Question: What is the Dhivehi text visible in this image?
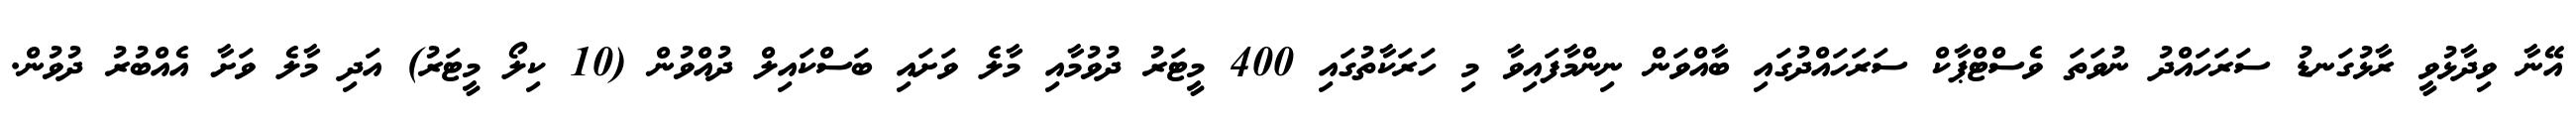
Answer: އޭނާ ވިދާޅުވީ ރާޅުގަނޑު ސަރަހައްދު ނުވަތަ ވެސްޓްޕާކް ސަރަހައްދުގައި ބާއްވަން ނިންމާފައިވާ މި ހަރަކާތުގައި 400 މީޓަރު ދުވުމާއި މާލެ ވަށައި ބަސްކައިލް ދުއްވުން (10 ކިލޯ މީޓަރު) އަދި މާލެ ވަށާ އެއްބުރު ދުވުން.